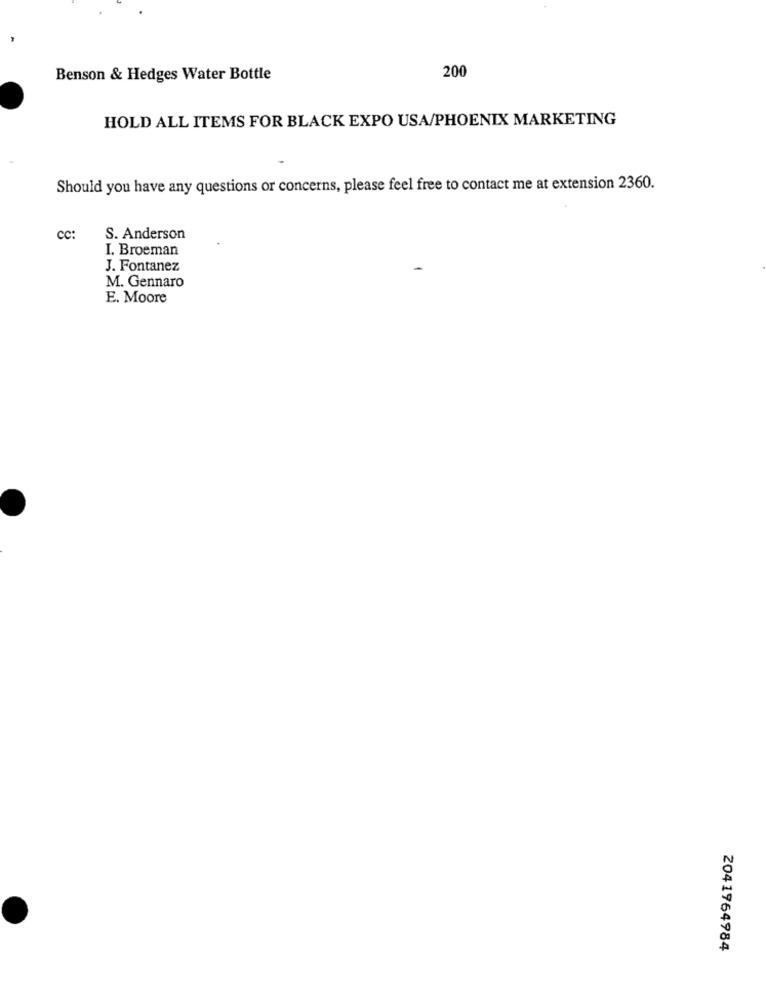
200
Benson & Hedges Water Bottle
HOLD ALL ITEMS FOR BLACK EXPO USA/PHOENIX MARKETING
Should you have any questions or concerns, please feel free to contact me at extension 2360.
CC:
S. Anderson
I. Broeman
J. Fontanez
M. Gennaro
E. Moore
2041964984